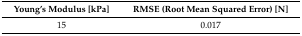
| Young’s Modulus [kPa] | RMSE (Root Mean Squared Error) [N] |
 | --- | --- |
 | 15 | 0.017 |